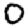
Digit: 0